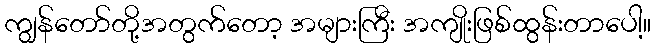
ကျွန်တော်တို့အတွက်တော့ အများကြီး အကျိုးဖြစ်ထွန်းတာပေါ့။